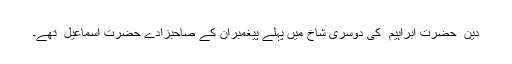
دین ِ حضرت ابراہیم ؑ کی دوسری شاخ میں پہلے پیغمبراُن کے صاحبزادے حضرت اسماعیل ؑ تھے۔